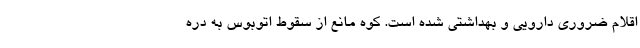
اقلام ضروری دارویی و بهداشتی شده است. کوه مانع از سقوط اتوبوس به دره